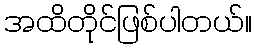
အထိတိုင်ဖြစ်ပါတယ်။